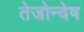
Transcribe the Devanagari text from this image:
तेजोन्वेष